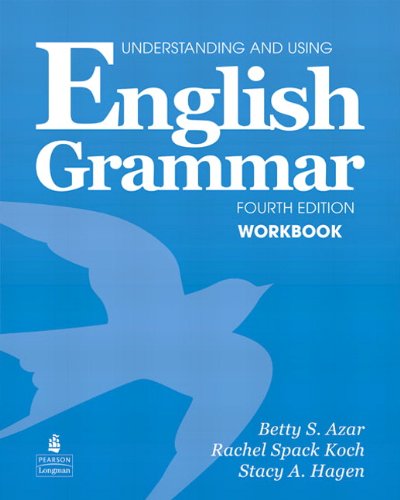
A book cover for Understanding and Using English Grammar Workbook (Full Edition; with Answer Key); Betty Schrampfer Azar; Reference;